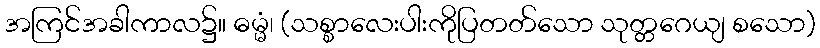
အကြင်အခါကာလ၌။ ဓမ္မံ၊ (သစ္စာလေးပါးကိုပြတတ်သော သုတ္တဂေယျ စသော)